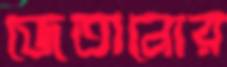
জেতানোর